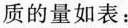
质的量如表：